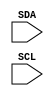
`timescale 1ns / 1ps

module ecran_1(input SDA, input SCL);

    `define addr 8'b00100011

    integer ticks = 0;
    reg started;
    integer aux;
    reg [7:0] VALUE;
    
    initial 
    begin
        VALUE = 8'bZ;
        started = 0;
        aux = 0;
    end

    always @(posedge SCL)
    begin
        ticks = ticks + 1;
        aux = (aux * 2) + SDA;
        
        if (ticks > 8)
        begin
            if (aux == `addr || started)
            begin
                VALUE = aux;
                started = 1;
            end
            
            if (aux == 255) 
                started = 0;
            
            ticks = 1;
            aux = 0;
        end        
    end
    
endmodule